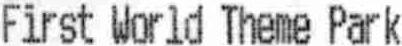
FIRST WORLD THEME PARK